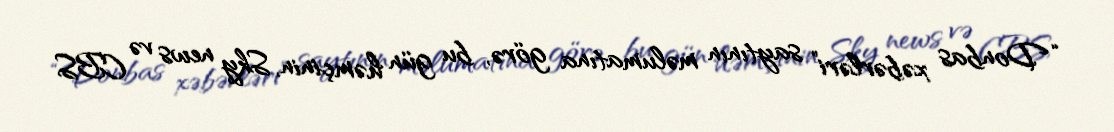
“Donbas xəbərləri” saytının məlumatına görə, bu gün həmçinin, Sky news və CBS